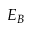
E _ { B }